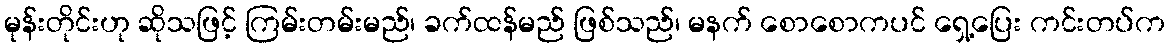
မုန်းတိုင်းဟု ဆိုသဖြင့် ကြမ်းတမ်းမည်၊ ခက်ထန်မည် ဖြစ်သည်၊ မနက် စောစောကပင် ရှေ့ပြေး ကင်းတပ်က